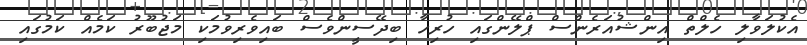
އެކުލަވާލި ހެލްތް އިންޝުއަރެންސް ޕްލޭންގައި ހުރިހާ ބިދޭސީންވެސް ބައިވެރިވުމަކި މަޖުބޫރު ކަމެއް ކަމުގައި